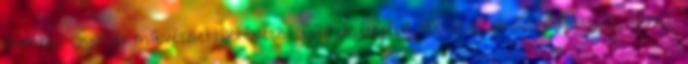
Gombosi György művészettörténész gyűjteményéből 1900–1945 című kiállítást. A tárlat